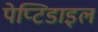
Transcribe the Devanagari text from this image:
पेप्टिडाइल